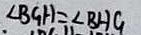
\angle B G H = \angle B H G